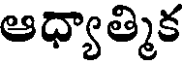
ఆధ్యాత్మిక